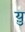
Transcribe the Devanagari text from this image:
य़ु